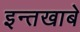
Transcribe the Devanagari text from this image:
इन्तखाबे